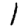
Digit: 1